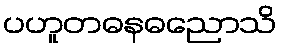
ပဟူတဓနဓညောသိ